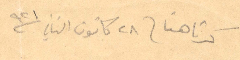
كرتاهنا في ٢ كانون الثاني ١٩٢١